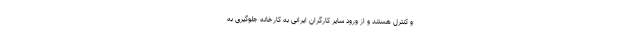
و کنترل هستند و از ورود سایر کارگران ایرانی به کارخانه جلوگیری به